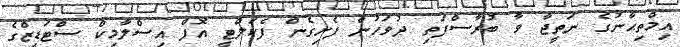
އިމްތިޙާނުގެ ނަތީޖާ ވާ ބުރާސްފަތި ދުވަހުން ފެށިގެން ފެކަލްޓީ އޮފް އިސްލާމިކް ސްޓަޑީޒްގެ